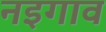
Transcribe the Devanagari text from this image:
नइगाव